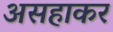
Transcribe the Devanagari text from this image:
असहाकर